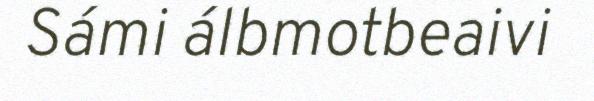
Sámi álbmotbeaivi